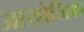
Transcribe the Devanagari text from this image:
आयोजिक